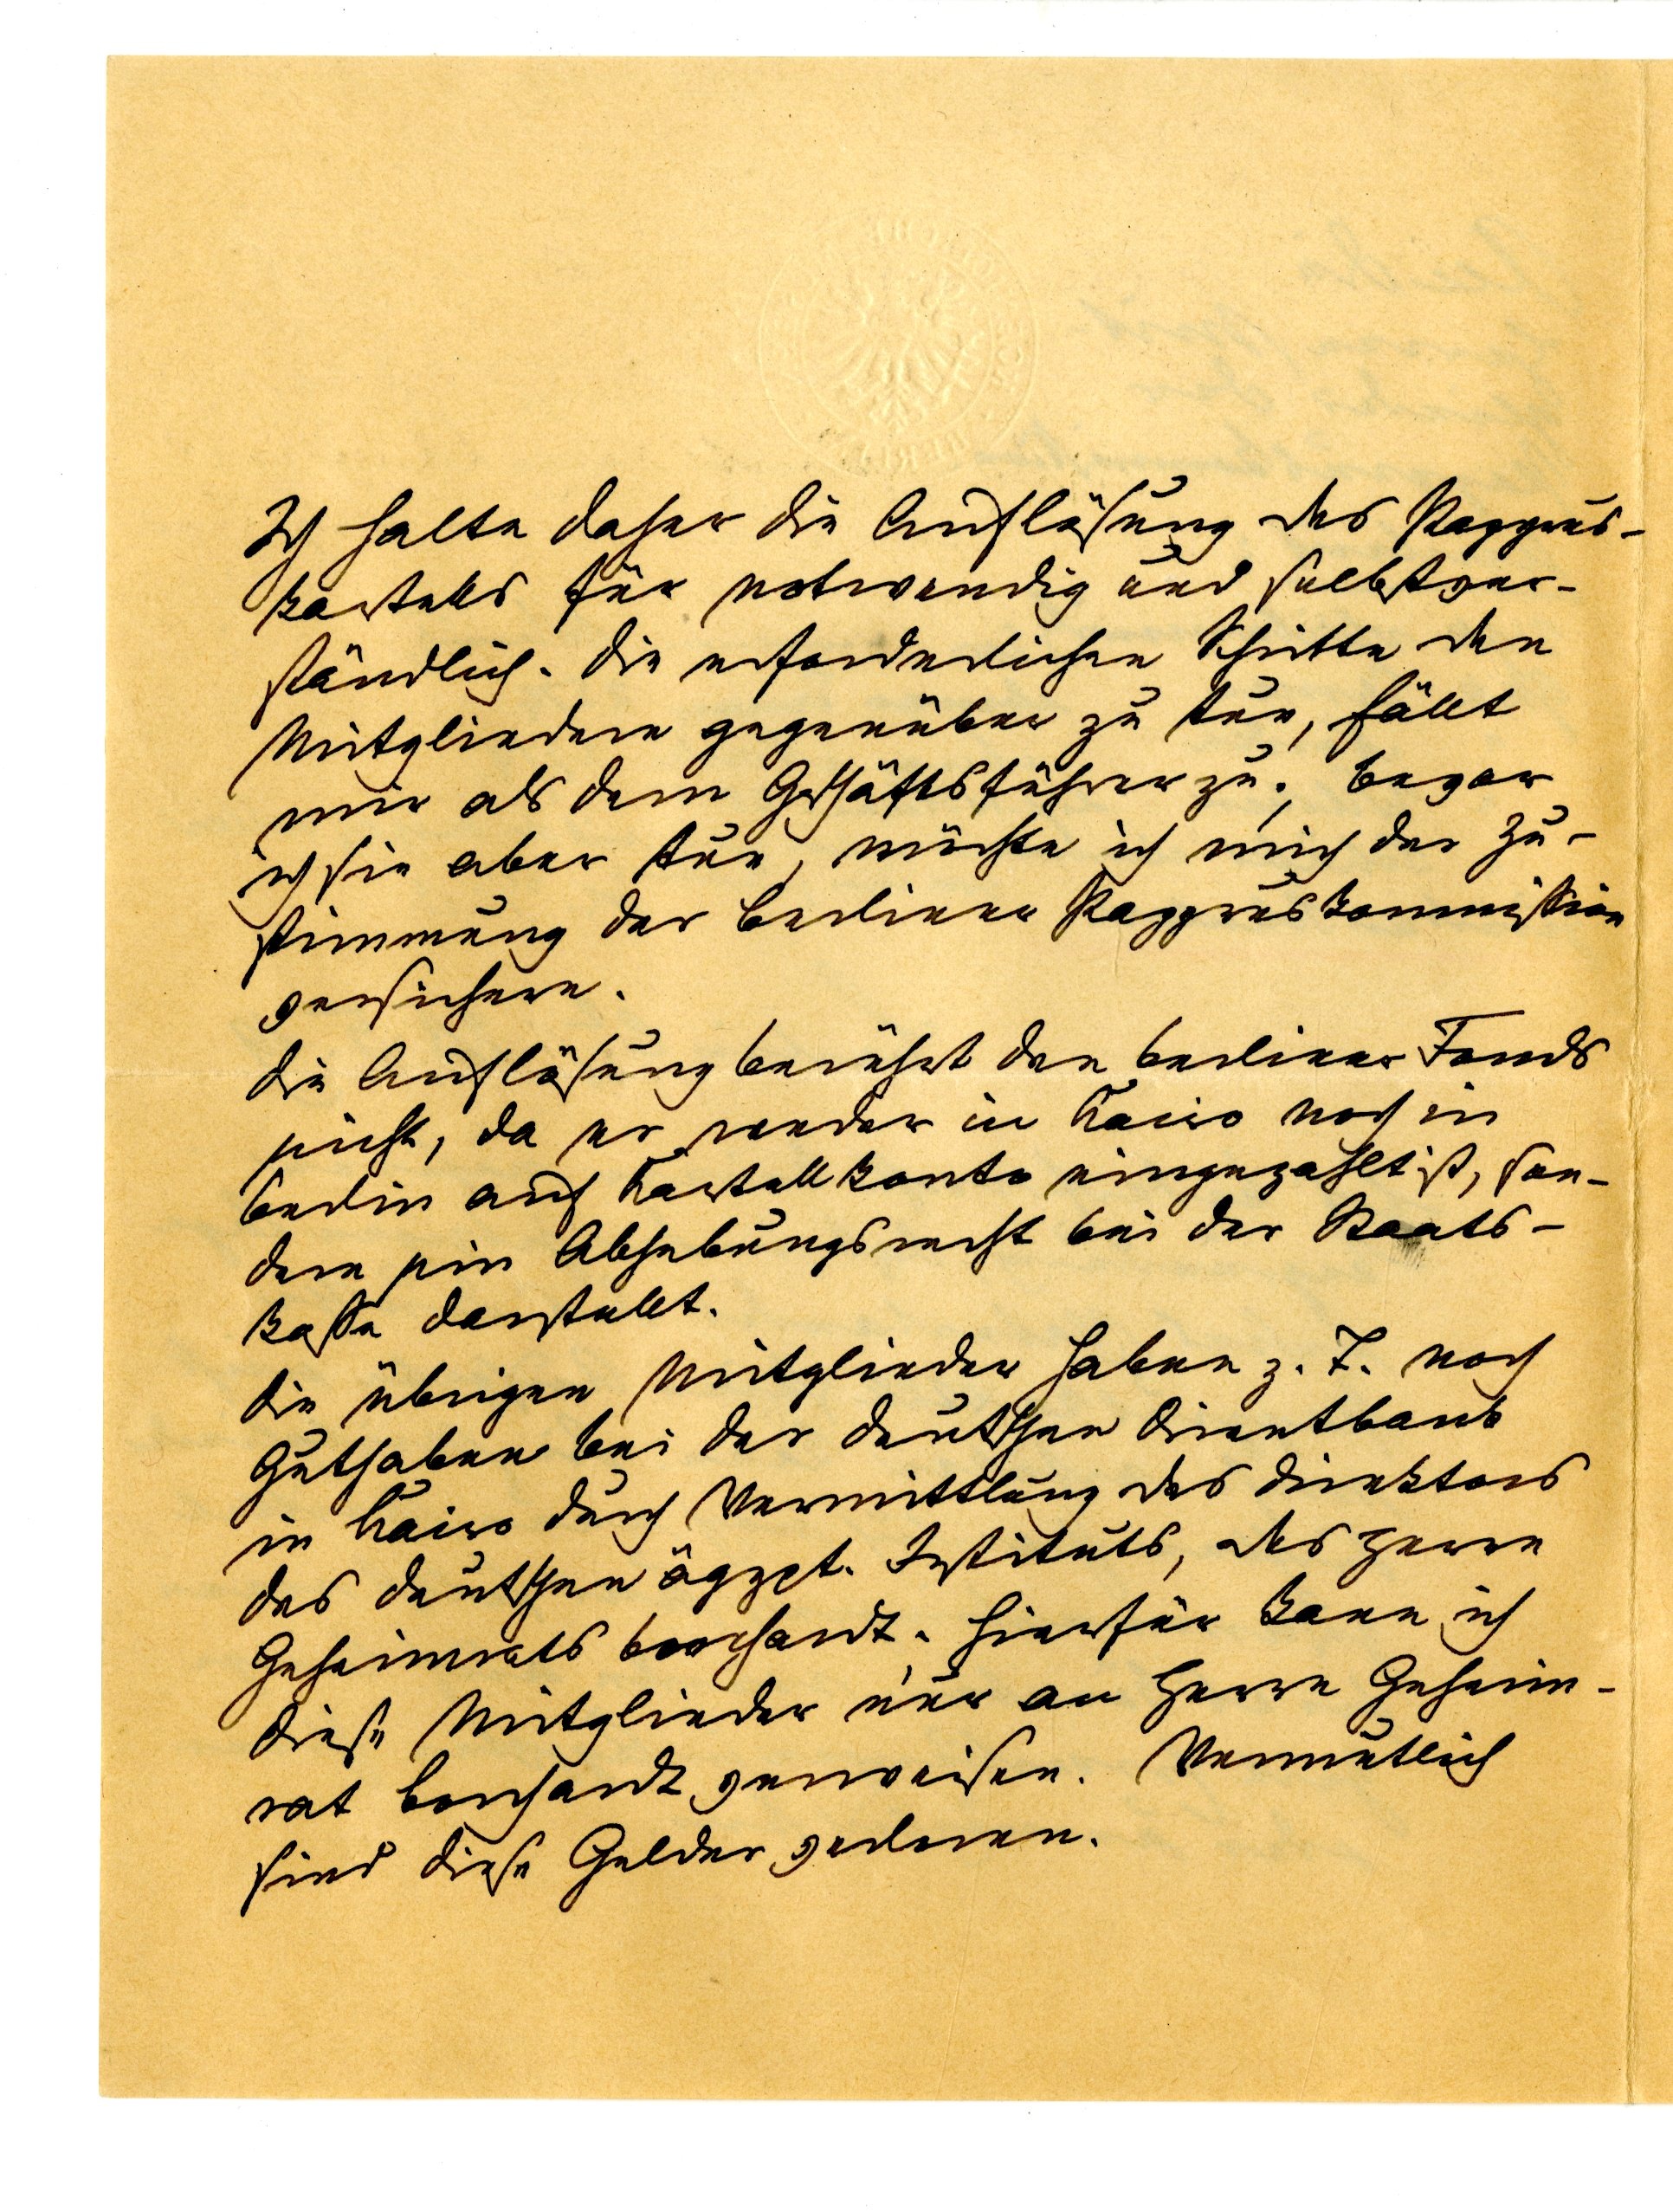
Ich halte daher die Auflösung des Papyrus¬
kartells für notwendig und selbstver¬
ständlich. Die erforderlichen Schritte den
Mitgliedern gegenüber zu tun, fällt
mir als dem Geschäftsführer zu; bevor
ich sie aber tue, möchte ich mich der Zu¬
stimmung der berliner Papyruskommission
versichern.
Die Auflösung berührt den berliner Fonds
nicht, da er weder in Kairo noch in
Berlin auf Kartellkonto eingezahlt ist, son¬
dern ein Abhebungs bei der Raats¬
kasse darstellt.
Die übrigen Mitglieder haben z.Z. noch
Guthaben bei der deutschen Orientbank
in Kario durch Vermittlung des Direktors
des deutschen ägypt. Instituts, des Herrn
Geheimrats Borchardts. Hierfür kann ich
diese Mitglieder nur an Herrn Geheim¬
rat Borchardt verweisen. Vermutlich
sind diese Gelder verloren.